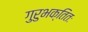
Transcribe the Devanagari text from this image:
गुरुभक्तितः